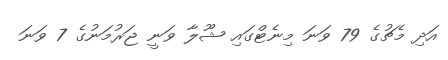
އަދި މެޗުގެ 79 ވަނަ މިނެޓްގައި ޝޫލާ ވަނީ ޖަރުމަނުގެ 7 ވަނަ